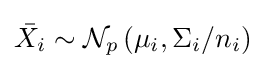
{\bar {X_{i}}}\sim {\mathcal {N}}_{p}\left(\mu _{i},\Sigma _{i}/n_{i}\right)